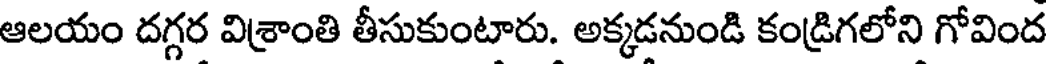
ఆలయం దగ్గర విశ్రాంతి తీసుకుంటారు. అక్కడనుండి కండ్రిగలోని గోవింద